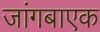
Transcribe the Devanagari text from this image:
जांगबाएक